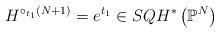
LaTeX: \begin{align*} H^{\circ_{t_1} (N+1)} = e^{t_1} \in SQH^*\left(\mathbb{P}^N\right) \end{align*}